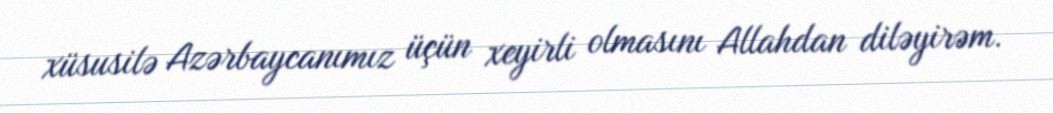
xüsusilə Azərbaycanımız üçün xeyirli olmasını Allahdan diləyirəm.